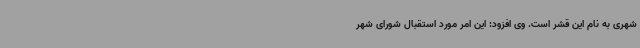
شهری به نام این قشر است. وی افزود: این امر مورد استقبال شورای شهر